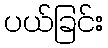
ပယ်ခြင်း